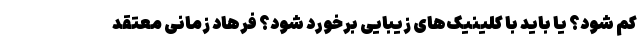
کم شود؟ یا باید با کلینیک‌های زیبایی برخورد شود؟ فرهاد زمانی معتقد